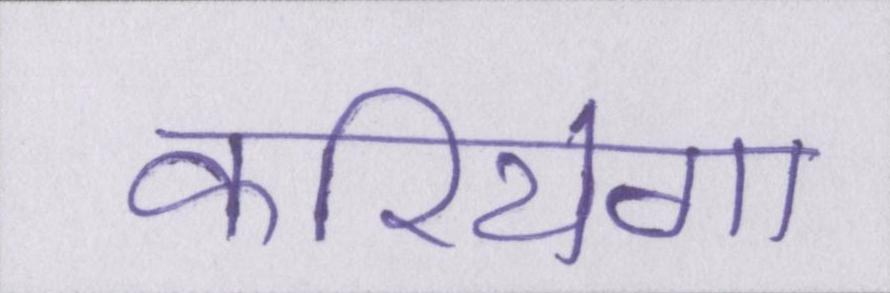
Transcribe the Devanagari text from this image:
करियेगा